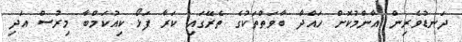
ދަނޑުވެރިން އާންމުކޮށް ހައްދާ ބާވަތްތަކުގެ ތެރޭގައި ކަރާ ފަޅޯ ކިއުކަމްބާ މިރުސް އަދި